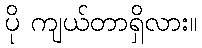
ပို ကျယ်တာရှိလား။